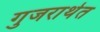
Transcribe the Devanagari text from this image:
गुजराथेत